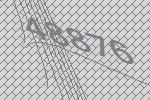
48876